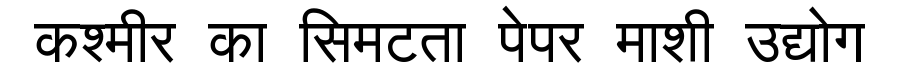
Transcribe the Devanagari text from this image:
कश्मीर का सिमटता पेपर माशी उद्योग